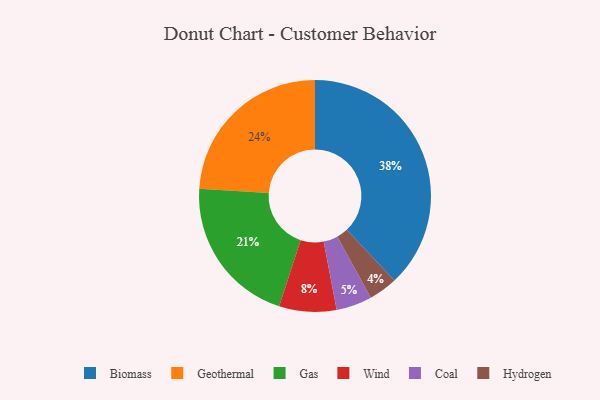
{"axis": {"x": "Category", "y": "Percentage"}, "legend": ["Biomass", "Coal", "Gas", "Geothermal", "Hydrogen", "Wind"], "data": [{"x": "Geothermal", "y": 24, "type": "Geothermal"}, {"x": "Gas", "y": 21, "type": "Gas"}, {"x": "Coal", "y": 5, "type": "Coal"}, {"x": "Biomass", "y": 38, "type": "Biomass"}, {"x": "Hydrogen", "y": 4, "type": "Hydrogen"}, {"x": "Wind", "y": 8, "type": "Wind"}]}